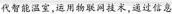
代只能温室，运用物联网技术，通过信息